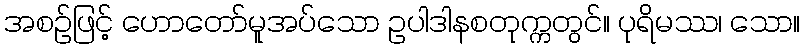
အစဉ်ဖြင့် ဟောတော်မူအပ်သော ဥပါဒါနစတုက္ကတွင်။ ပုရိမဿ၊ သော။